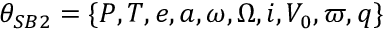
\theta _ { S B 2 } = \{ P , T , e , a , \omega , \Omega , i , V _ { 0 } , \varpi , q \}